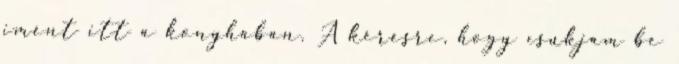
imént itt a konyhában. A kérésre, hogy csukjam be